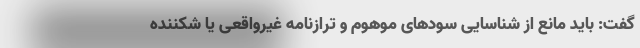
گفت: باید مانع از شناسایی سودهای موهوم و ترازنامه غیرواقعی یا شکننده